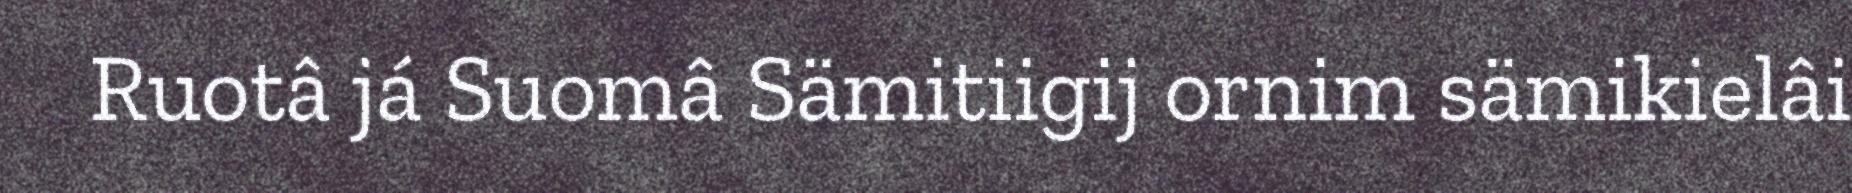
Ruotâ já Suomâ Sämitiigij ornim sämikielâi